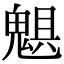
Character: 𩳖